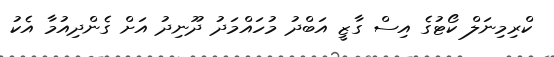
ކްރިމިނަލް ކޯޓުގެ އިސް ގާޒީ އަބްދު މުހައްމަދު ދޫނިދު އަށް ގެންދިއުމާ އެކު